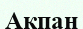
Акпан